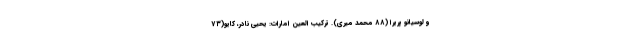
و لوسیانو پریرا (۸۸ محمد میری). ترکیب العین امارات: یحیی نادر، کایو(۷۳